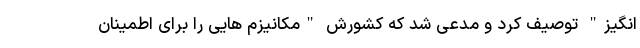
انگیز" توصیف کرد و مدعی شد که کشورش "مکانیزم هایی را برای اطمینان